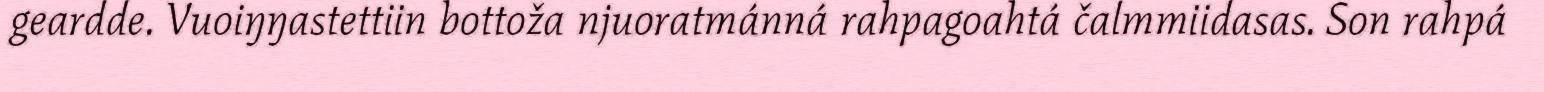
geardde. Vuoiŋŋastettiin bottoža njuoratmánná rahpagoahtá čalmmiidasas. Son rahpá